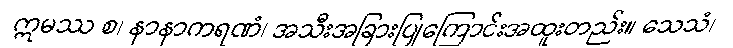
ဣမဿ စ၊ နာနာကရဏံ၊ အသီးအခြားပြုကြောင်းအထူးတည်း။ သေသံ၊